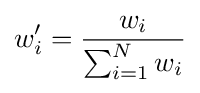
w_{i}'={\frac {w_{i}}{\sum _{i=1}^{N}w_{i}}}